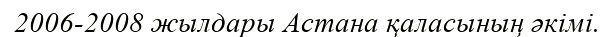
2006-2008 жылдары Астана қаласының әкімі.